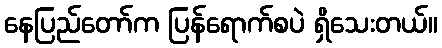
နေပြည်တော်က ပြန်ရောက်စပဲ ရှိသေးတယ်။